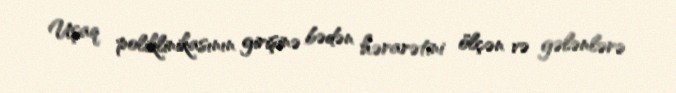
Uşaq poliklinikasının girişinə bədən hərarətini ölçən və gələnlərə